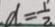
d = \frac { 1 } { 2 }